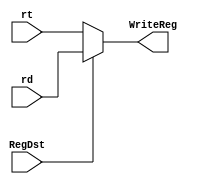
`timescale 1ns / 1ps
module SelectRtRd(
  input [4:0]rt,
  input [4:0]rd,
  input RegDst,
  output [4:0]WriteReg
  );

assign WriteReg = RegDst==0?rt:rd;

endmodule